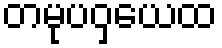
တမုပဝှယေထ